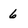
Character: 6